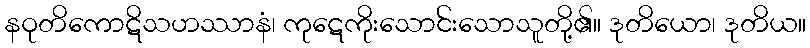
နဝုတိကောဋိသဟဿာနံ၊ ကုဋေကိုးသောင်းသောသူတို့၏။ ဒုတိယော၊ ဒုတိယ။